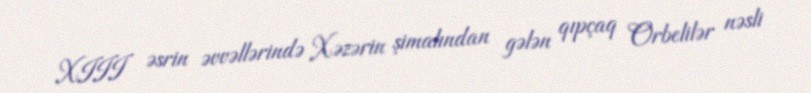
XIII əsrin əvvəllərində Xəzərin şimalından gələn qıpçaq Orbelilər nəsli